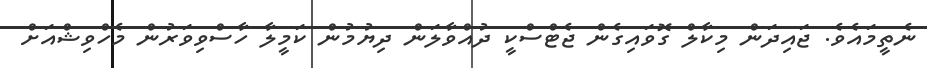
ނެތީމައެވެ. ޖައިދަން މިކާލް ގޮވައިގެން ޖެޓްސްކީ ދުއްވާލަން ދިޔުމުން ކަމީލާ ހާސްވިވަރުން މެހްވިޝްއަށް